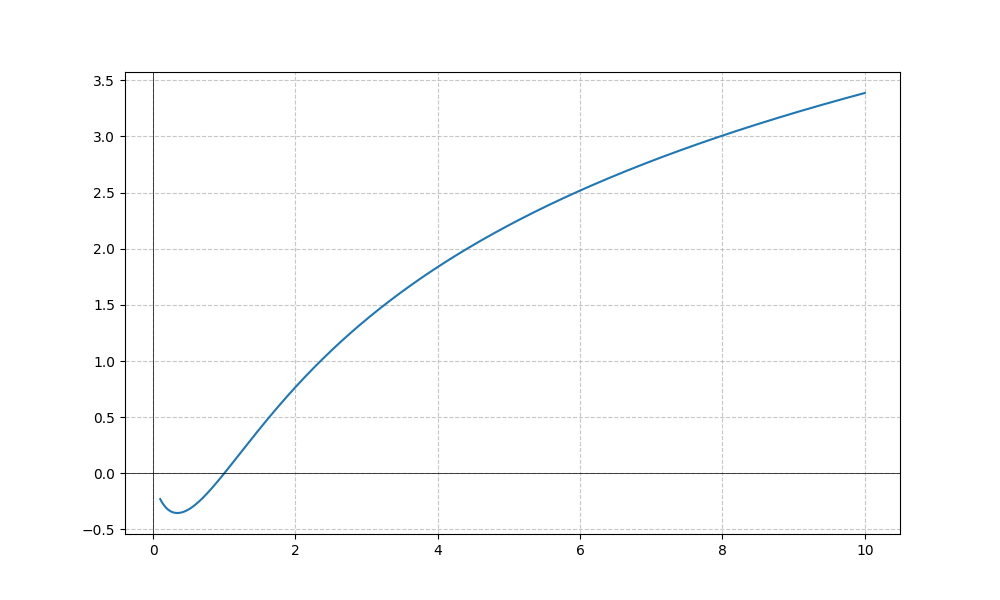
LaTeX formula: \log{\left(x \right)} \operatorname{atan}{\left(x \right)}